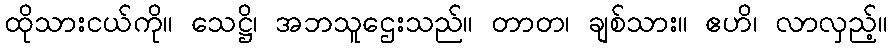
ထိုသားငယ်ကို။ သေဋ္ဌိ၊ အဘသူဌေးသည်။ တာတ၊ ချစ်သား။ ဧဟိ၊ လာလှည့်။